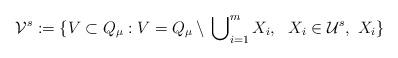
LaTeX: \begin{align*}{\cal V}^s := \lbrace V \subset Q_\mu: V = Q_\mu \setminus \, \bigcup\nolimits^m_{i=1} X_i, \ \ X_i \in {\cal U}^s, \ X_i \rbrace\end{align*}